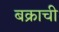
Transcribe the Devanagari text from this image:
बक्राची